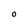
Character: O